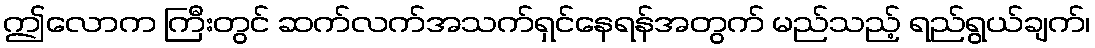
ဤလောက ကြီးတွင် ဆက်လက်အသက်ရှင်နေရန်အတွက် မည်သည့် ရည်ရွယ်ချက်၊